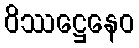
ဝိဿဋ္ဌေနေဝ